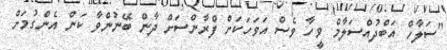
"ސަލާހް އަބްދުއްސަލާމް ވީހާ ވެސް އަވަހަކަށް ފްރާންސަށް ދާން ބޭނުންވާ ކަން އެންގުމަށް